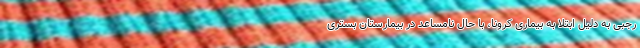
رجبی به دلیل ابتلا به بیماری کرونا، با حال نامساعد در بیمارستان بستری